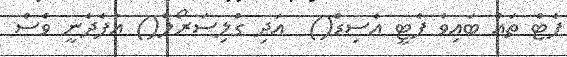
ފެޓް ތައް ބައިވެ ފެޓީ އެސިޑް()  އަދި ގްލިސަރޯލް() އުފެދެނީ ވެސް